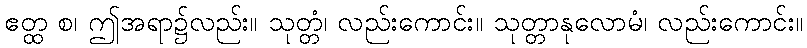
ဧတ္ထ စ၊ ဤအရာ၌လည်း။ သုတ္တံ၊ လည်းကောင်း။ သုတ္တာနုလောမံ၊ လည်းကောင်း။